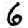
Digit: 6